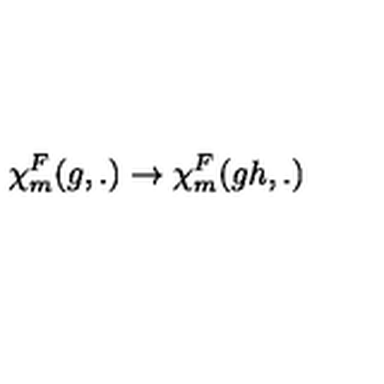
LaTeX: { \chi } _ { m } ^ { F } ( g , . ) \rightarrow { \chi } _ { m } ^ { F } ( g h , . )